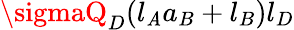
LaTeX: \sigmaQ_{D}(l_{\mathit{A}}a_{B}+l_{B})l_{D}